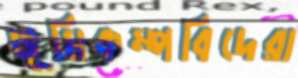
ভূমিকম্পবিদেরা